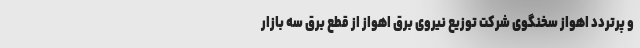
و پرتردد اهواز سخنگوی شرکت توزیع نیروی برق اهواز از قطع برق سه بازار